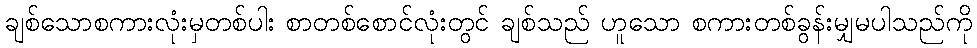
ချစ်သောစကားလုံးမှတစ်ပါး စာတစ်စောင်လုံးတွင် ချစ်သည် ဟူသော စကားတစ်ခွန်းမျှမပါသည်ကို